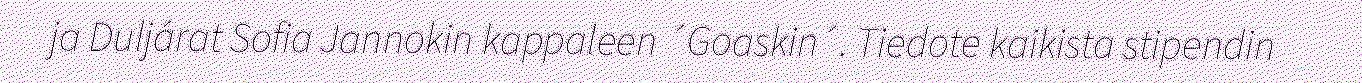
ja Duljárat Sofia Jannokin kappaleen ´Goaskin´. Tiedote kaikista stipendin